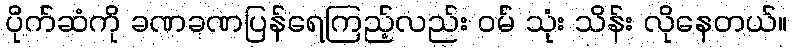
ပိုက်ဆံကို ခဏခဏပြန်ရေကြည့်လည်း ဝမ် သုံး သိန်း လိုနေတယ်။